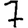
Digit: 7